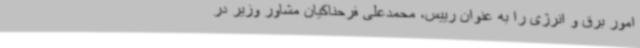
امور برق و انرژی را به عنوان رییس، محمدعلی فرحناکیان مشاور وزیر در